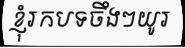
ខ្ញុំរកបទចឹងៗយូរ